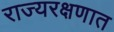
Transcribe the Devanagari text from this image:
राज्यरक्षणात